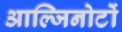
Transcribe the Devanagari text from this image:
आल्जिनोटों